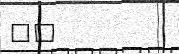
١٨